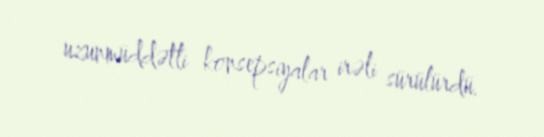
uzunmüddətli konsepsiyalar irəli sürülürdü.